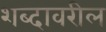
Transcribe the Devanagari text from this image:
शब्दावरील